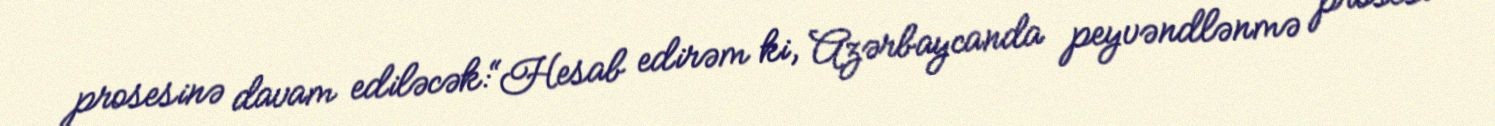
prosesinə davam ediləcək:“Hesab edirəm ki, Azərbaycanda peyvəndlənmə prosesi